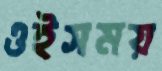
ওইসময়